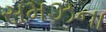
સમઝના